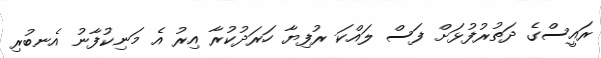
ރައީސްގެ ދަތުރުފުޅަށް ފަސް ލައްކަ ރުފިޔާ ހަރަދުކުރާ އިރު އެ މަނިކުފާނު އެނބުރި